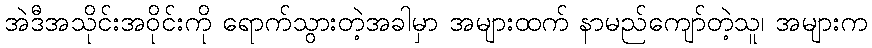
အဲဒီအသိုင်းအဝိုင်းကို ရောက်သွားတဲ့အခါမှာ အများထက် နာမည်ကျော်တဲ့သူ၊ အများက